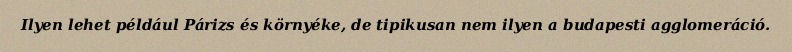
Ilyen lehet például Párizs és környéke, de tipikusan nem ilyen a budapesti agglomeráció.